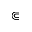
\Subset